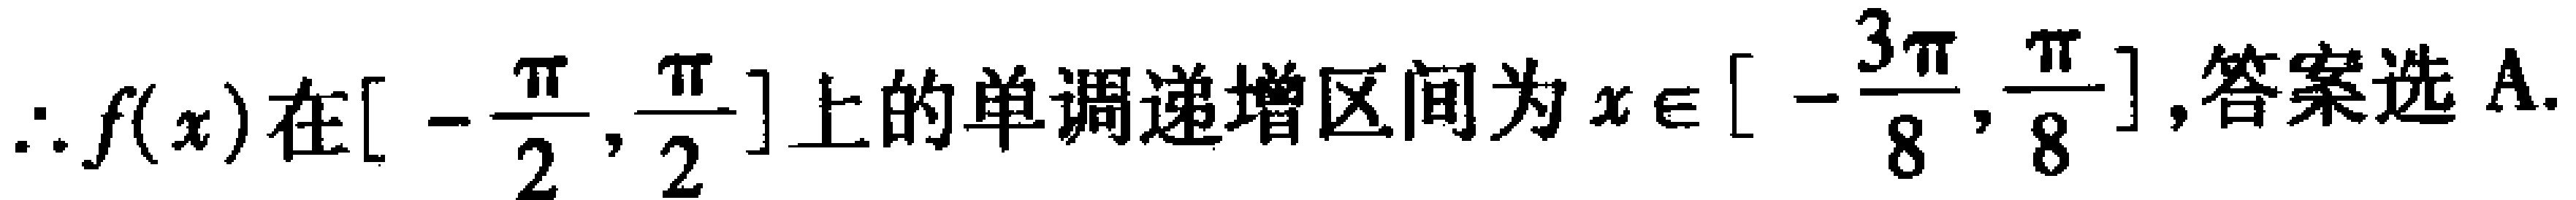
\(\therefore f(x)\text{在}[-\frac{\pi}{2},\frac{\pi}{2}]\text{上的单调递增区间为}x\in[-\frac{3\pi}{8},\frac{\pi}{8}],\text{答案选A.}\)